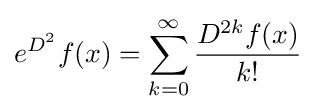
e^{D^{2}}f(x)=\sum _{k=0}^{\infty }{\frac {D^{2k}f(x)}{k!}}~